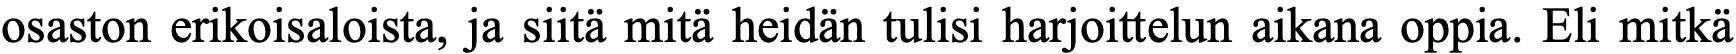
osaston erikoisaloista, ja siitä mitä heidän tulisi harjoittelun aikana oppia. Eli mitkä